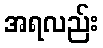
အရလည်း